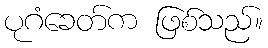
ပုဂံခေတ်က ဖြစ်သည်။